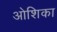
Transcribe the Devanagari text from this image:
ओशिका